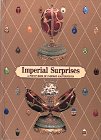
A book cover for Imperial Surprises: A Pop-Up Book of FabergÃ© Masterpieces; Margaret Kelly; Arts & Photography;